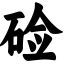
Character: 硷